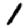
Digit: 1